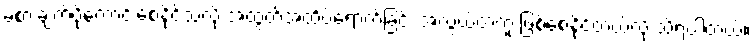
ခံစားချက်ပိုကောင်းစေနိုင်သလို အထွတ်အထိပ်ရောက်ခြင်း အလွယ်တကူ ဖြစ်စေနိုင်တယ်လို့ သိရပါတယ်။